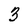
Character: 3